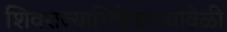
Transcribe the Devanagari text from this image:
शिवराज्याभिषेकाच्यावेळी